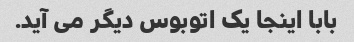
بابا اینجا یک اتوبوس دیگر می آید.